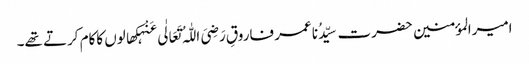
امیرالمؤمنین حضرت سیِّدُنا عمر فاروقِ رَضِیَ اللّٰہُ تَعَالٰی عَنْہکھالوں کاکام کرتے تھے۔